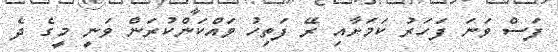
ފަސް ވަނަ ފަހަރު ކަމަށާއި ރޭ ފަތިހު ވައްކަންކުރަން ވަނީ މީގެ ދެ